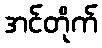
အင်တိုက်